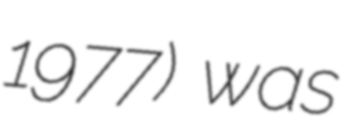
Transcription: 1977) was